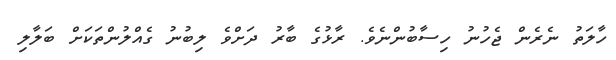
ހާލަތު ނެރެން ޖެހުނު ހިސާބުންނެވެ. ރާޅުގެ ބާރު ދަށްވެ ލިބުނު ގެއްލުންތަކަށް ބަލާލި